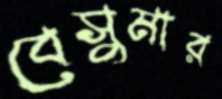
বেসুমার